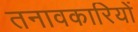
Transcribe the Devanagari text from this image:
तनावकारियों